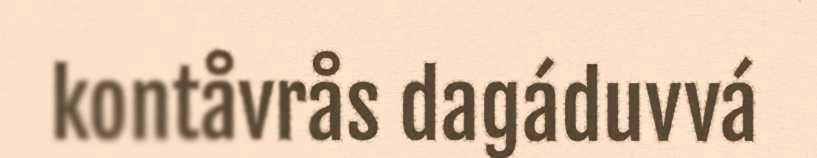
kontåvrås dagáduvvá